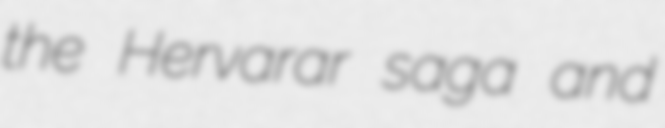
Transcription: the Hervarar saga and